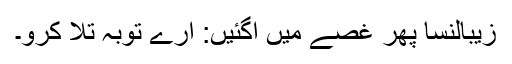
زیبالنسا پھر غصے میں آگئیں: ارے توبہ تلا کرو۔